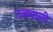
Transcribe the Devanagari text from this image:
तत्ववाली